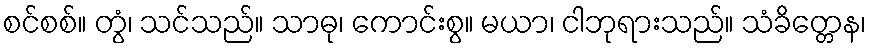
စင်စစ်။ တွံ၊ သင်သည်။ သာဓု၊ ကောင်းစွ။ မယာ၊ ငါဘုရားသည်။ သံခိတ္တေန၊